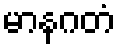
မာနဂတံ